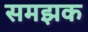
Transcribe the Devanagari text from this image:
समझक